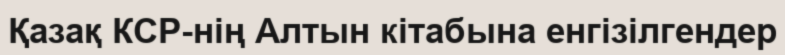
Қазақ КСР-нің Алтын кітабына енгізілгендер